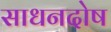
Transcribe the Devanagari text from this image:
साधनदोष